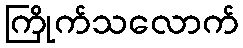
ကြိုက်သလောက်